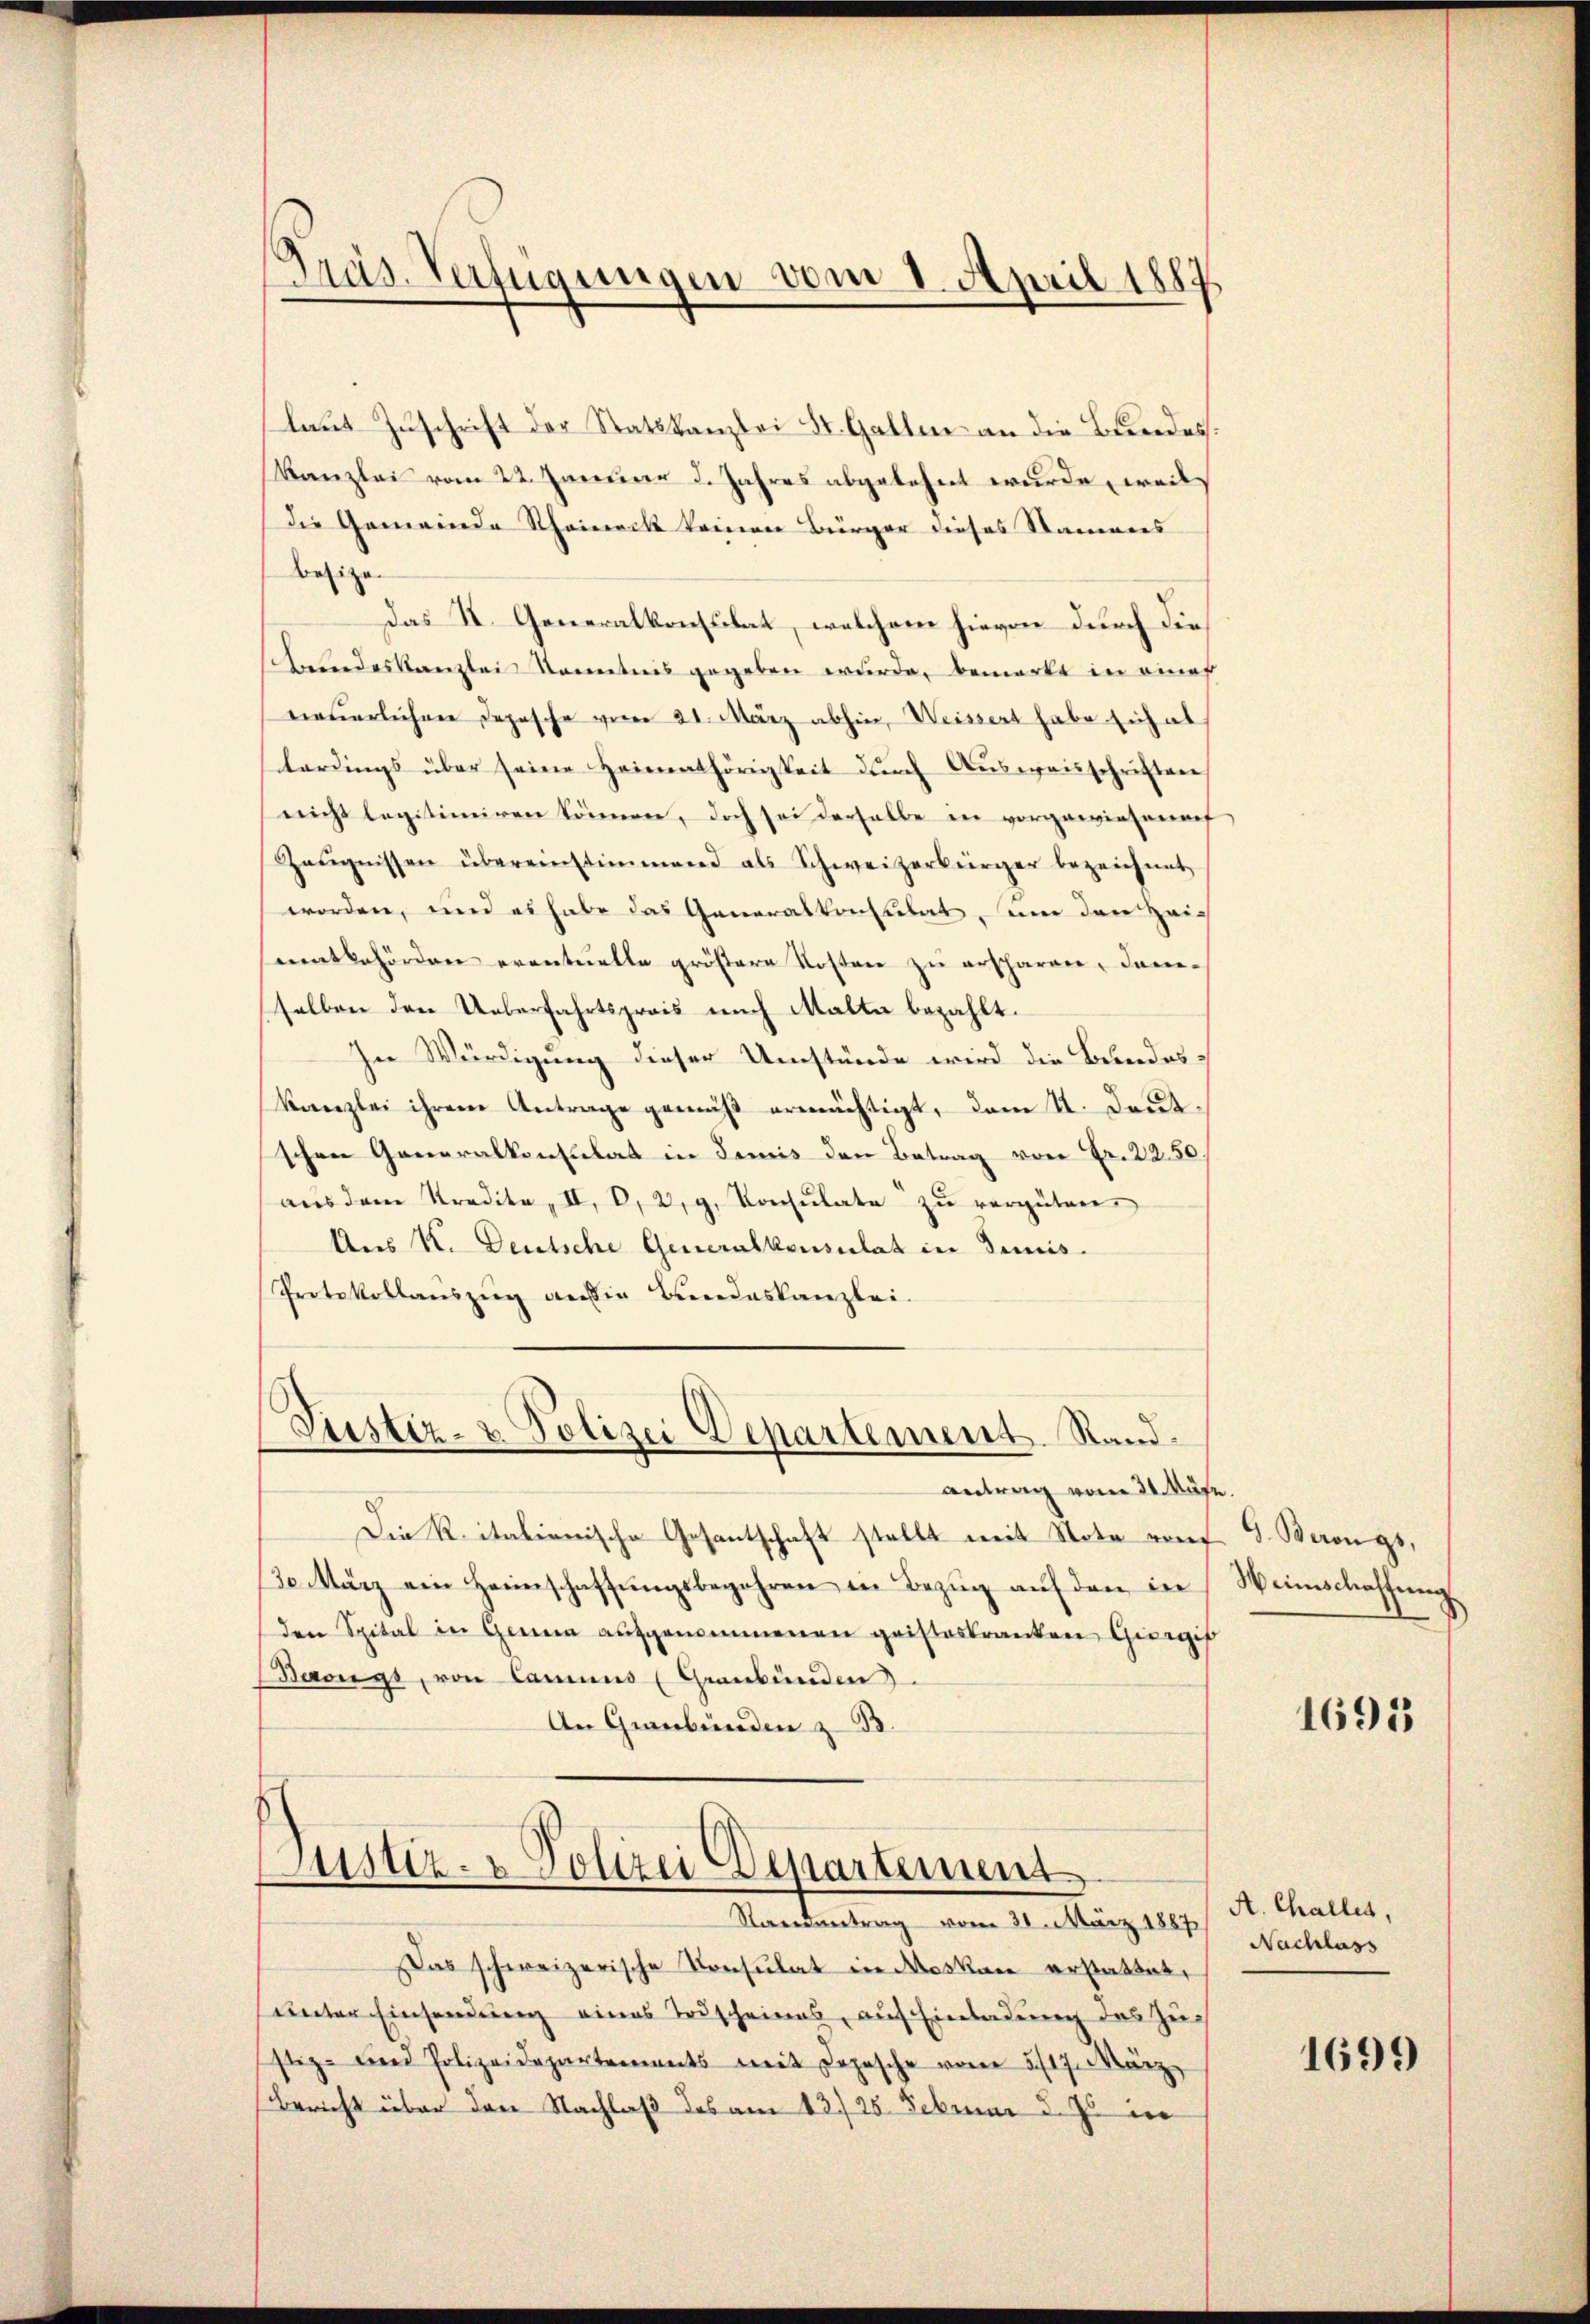
Präs. Verfügungen vom 1. April 1887

laut Zuschrift der Statskanzlei St. Gallen an die Bundes:
Kanzlei vom 22. Januar d. Jahres abgelehnt wurde, weil
die Gemeinde Rheineck keinen Bürger dieses Stammes
Besizen
Das II. Generalkonsulat, welchem hievon durch die
schendeskanzlei Kenntnis gegeben wurde, bemerkt in einer
neŭerlichen Depesche vom 21. März abhin, Weissert habe sich al
lardings über seine Heimathörigkeit dŭrch Ausweisschriften
nicht legitimiren können, doch sei derselbe in vorgewiesenenf
Zeŭgnissen übereinstimmend als Schweizerbürger bezeichnet,
worden, und es habe das Generalkonsulat, um den Zeientbehörden eventuelle größere Kosten zu erscharen, daneselben den Ueberfahrtspreis nach Malte bezahlt.
In Würdigung dieser Umstände wird die Bundes¬
Kanzlei ihrem Antrage gemäß ermächtigt, dem II. Deutschen Generalkonsulat in demis den Betrag von Fr. 22.50
aŭs dem Kredita, II. V, 2, g. Konsulate zŭ vergüten.
Aus K. Deutsche Generalkonsulat in Dimis.
Protokollauszug an die Bundeskanzlei.

Justiz- & Polizei Departement. Sand¬

antrag vom 21. Nähe.
Die K. italienische Gesantschaft stellt mit Nota rouf 9. Berongs,
30. März ein Heimschaffŭngsbegehren in Bezug auf den in
den Spital in Genua aufgenommenen geisteskranken Giergif
Beongs, von Cammes (Graubünden
An Graubünden z. B.

Justiz- & Polizei Departement
Randantrag vom 30. März 1887

as schweizerische Konsulat in Moskau erstattet,
unter Einsendung eines Todscheines, auf Einladung des Zustiz- und Polizeidepartements mit Depesche vom 5./17. März
Bericht über den Nachlaß des am 13./25. Februar d. Js. in

Weinschaffung.

1695

A. Challes,
Nachlass

1699